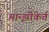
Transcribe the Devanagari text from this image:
मान्झीकेर्त